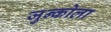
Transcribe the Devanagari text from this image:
जुन्कोला